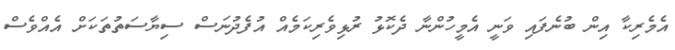
އެމެރިކާ އިން ބުނެފައި ވަނީ އެމީހުންނާ ދެކޮޅު ރުޅިވެރިކަމެއް އުފެދުނަސް ސިޔާސަތުތަކަށް އެއްވެސް